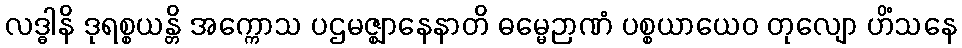
လဒ္ဓါနိ ဒုရစ္စယန္တိ အက္ကောသ ပဌမဇ္ဈာနေနာတိ ဓမ္မေဉာဏံ ပစ္စယာယေဝ တုလျော ဟိံသနေ